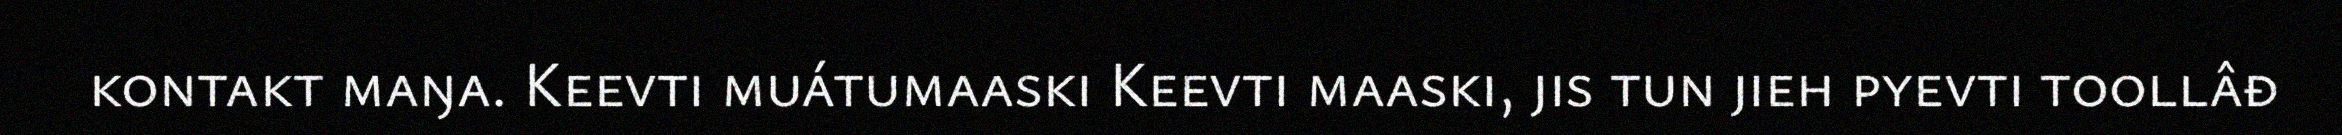
kontakt maŋa. Keevti muátumaaski Keevti maaski, jis tun jieh pyevti toollâđ